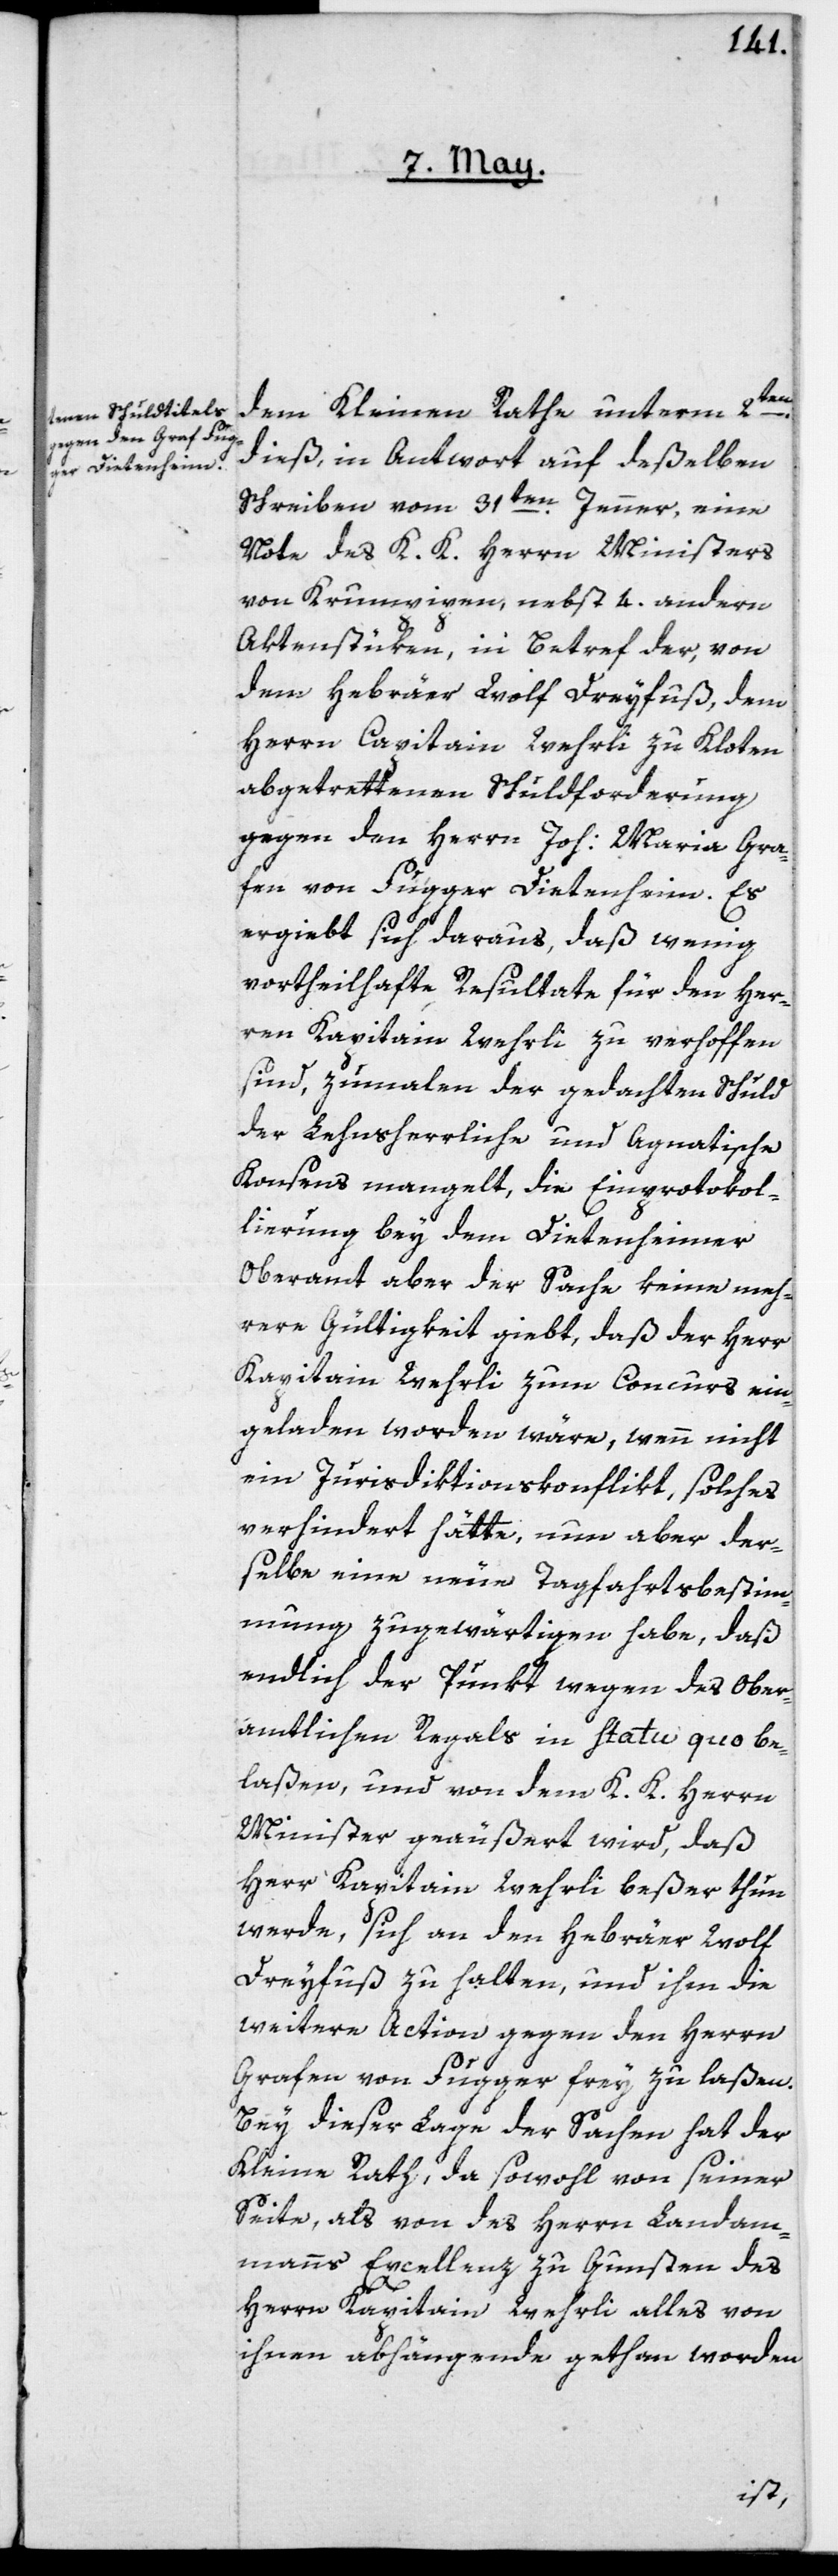
dem Kleinen Rathe unterm 2ten
dieß, in Antwort auf deßelben
Schreiben vom 31ten Jenner, eine
Note des K. K. Herrn Ministers
von Krumpipen, nebst 4. andern
Aktenstüken, in betref der, von
dem Hebräer Wolf Dreyfuß, dem
Herrn Capitain Wehrli zu Kloten
abgetrettenen Schuldforderung
gegen den Herrn Joh: Maria Gra¬
fen von Fugger Dietenheim. Es
ergiebt sich daraus, daß wenig
vortheilhafte Resultate für den Her¬
ren Kapitain Wehrli zu verhoffen
sind, zumalen der gedachten Schuld
der Lehensherrliche und Agnatische
Konsens mangelt, die Einprotokol¬
lierung bey dem Dietenheimer
Oberamt aber der Sache keine meh¬
rere Gültigkeit giebt, daß der Herr
Kapitain Wehrli zum Concurs ein¬
geladen worden wäre, wenn nicht
ein Jurisdiktionskonflikt solches
verhindert hätte, nun aber der¬
selbe eine neue Tagfahrtsbestim¬
mung zugewärtigen habe, daß
endlich der Punkt wegen des ober¬
amtlichen Regals in Statu quo be¬
laßen, und von dem K. K. Herrn
Minister geäußert wird, daß
Herr Kapitain Wehrli beßer thun
werde, sich an den Hebräer Wolf
Dreyfuß zu halten, und ihm die
weitere Action gegen den Herrn
Grafen von Fugger frey zu laßen.
Bey dieser Lage der Sachen hat der
Kleine Rath, da sowohl von seiner
Seite, als von des Herrn Landam¬
manns Excellenz zu Gunsten des
Herrn Kapitain Wehrli alles von
ihnen Abhängende gethan worden